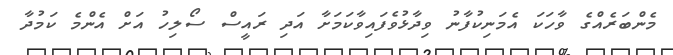
މެންބަރެއްގެ ވާހަކަ އެމަނިކުފާނު ވިދާޅުވެފައިވާކަމަށާ އަދި ރައީސް ސޯލިހު އަށް އެންމެ ކަމުދާ